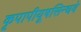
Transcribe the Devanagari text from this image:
कृपापीयूषसिन्धवे